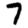
Digit: 7